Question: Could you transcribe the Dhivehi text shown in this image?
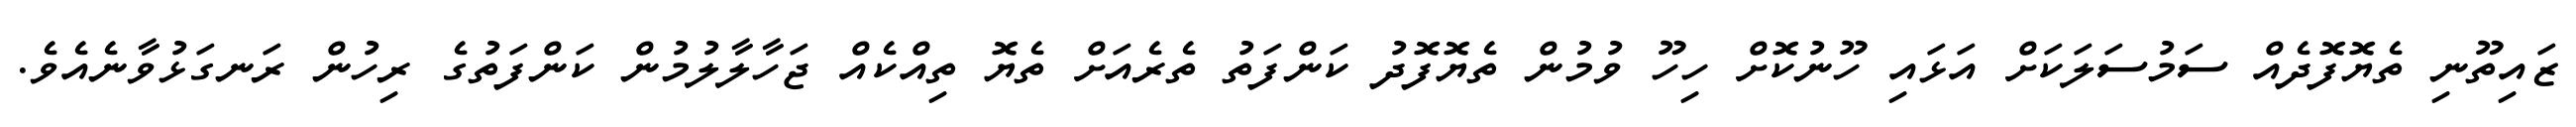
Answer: ޒައިތޫނި ތެޔޮފޮދެއް ސަމުސަލަކަށް އަޅައި ހޫނުކޮށް ހިހޫ ވުމުން ތެޔޮފޮދު ކަންފަތު ތެރެއަށް ތެޔޮ ތިއްކެއް ޖަހާލާލުމުން ކަންފަތުގެ ރިހުން ރަނގަޅުވާނެއެވެ.